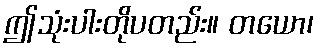
ဤသုံးပါးတိုပတည်း။ တယော၊